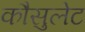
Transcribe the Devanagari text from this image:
कौसुलेट